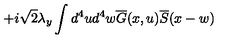
+ i \sqrt { 2 } \lambda _ { y } \int d ^ { 4 } u d ^ { 4 } w \overline { { G } } ( x , u ) \overline { { S } } ( x - w )